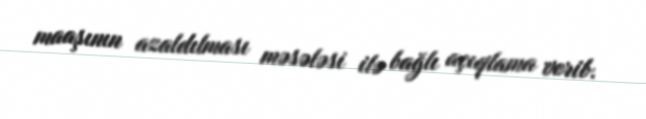
maaşının azaldılması məsələsi ilə bağlı açıqlama verib.